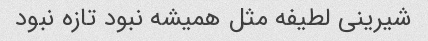
شیرینی لطیفه مثل همیشه نبود تازه نبود